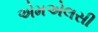
એમએલસી